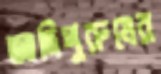
আদিপুরুষের